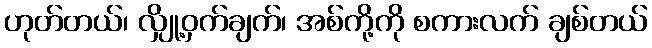
ဟုတ်တယ်၊ လျှို့ဝှက်ချက်၊ အစ်ကို့ကို စကားလက် ချစ်တယ်